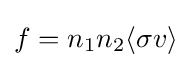
f=n_{1}n_{2}\langle \sigma v\rangle